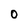
Character: O